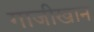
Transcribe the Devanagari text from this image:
गाजीखान